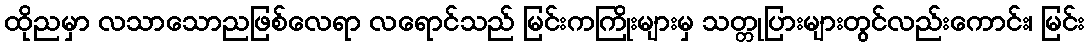
ထိုညမှာ လသာသောညဖြစ်လေရာ လရောင်သည် မြင်းကကြိုးများမှ သတ္တုပြားများတွင်လည်းကောင်း၊ မြင်း